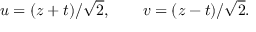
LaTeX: u = ( z + t ) / \sqrt { 2 } , \qquad v = ( z - t ) / \sqrt { 2 } .